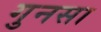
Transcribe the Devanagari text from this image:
गुनसा